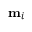
{ \bf m } _ { i }